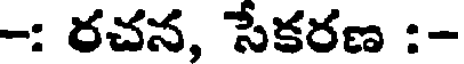
-: రచన, సేకరణ :-